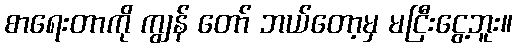
စာရေးတာကို ကျွန် တော် ဘယ်တော့မှ မငြီးငွေ့ဘူး။